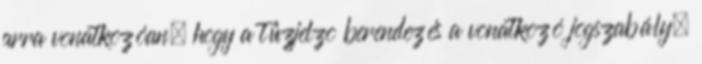
arra vonatkozóan, hogy a tûzjelzõ berendezés a vonatkozó jogszabály,